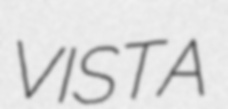
VISTA